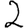
Digit: 2